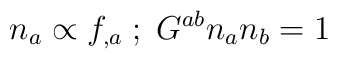
n_{a}\propto f_{,a}\; ; \; G^{ab}n_{a}n_{b}=1